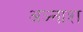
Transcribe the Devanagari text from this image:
अञ्नाश